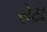
રોટા